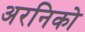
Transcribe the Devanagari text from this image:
अरनिको